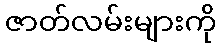
ဇာတ်လမ်းများကို